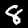
Digit: 8